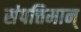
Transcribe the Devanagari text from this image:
संपत्तिमान्